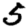
Digit: 5